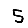
Digit: 5